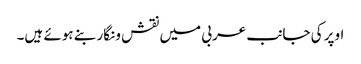
اوپر کی جانب عربی میں نقش و نگار بنے ہوئے ہیں۔